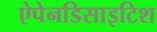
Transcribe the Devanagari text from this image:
ऐपेनडिसाइटिश